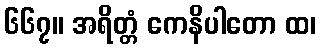
၆၆၇။ အရိတ္တံ ကေနိပါတော ထ၊